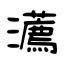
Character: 瀳